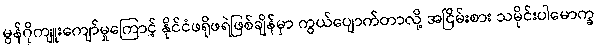
မွန်ဂိုကျူးကျော်မှုကြောင့် နိုင်ငံဖရိုဖရဲဖြစ်ချိန်မှာ ကွယ်ပျောက်တာလို့ အငြိမ်းစား သမိုင်းပါမောက္ခ